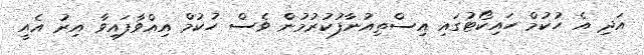
އަދި އެ ހުކުމް ހައިކޯޓުގައި އިސްތިއުނާފުކުރުމުން ވެސް ހުކުމް އިއްވާފައިވާ އިރު އެއީ